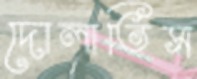
দোলাতিস